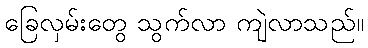
ခြေလှမ်းတွေ သွက်လာ ကျဲလာသည်။